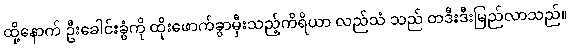
ထို့နောက် ဦးခေါင်းခွံကို ထိုးဖောက်ခွာမှီးသည့်ကိရိယာ လည်သံ သည် တဒီးဒီးမြည်လာသည်။